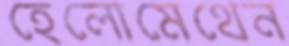
হেলোমেথেন